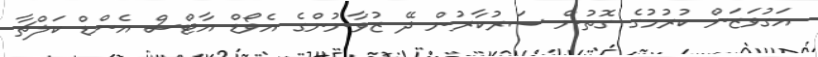
އަގުވަޒަން ކުރުމުގެ ގޮތުން ސަރުކާރުން ދޭ ޒުވާނުންގެ އެވޯޑް އާޓްސް އެންޑް ކަލްޗާ